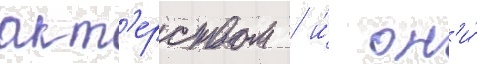
акт'ерством / и́ он'и́